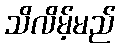
သိလိမ့်မည်